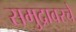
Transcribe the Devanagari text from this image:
समुद्रावरचे